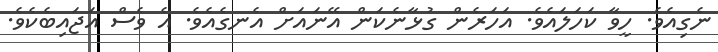
ނެގިއެވެ. ހީވާ ކަހަލައެވެ. އަހަރެން ގުޅާނެކަން އޭނައަށް އެނގެއެވެ. އެ ވެސް އަޖައިބެކެވެ.